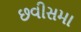
છવીસમા